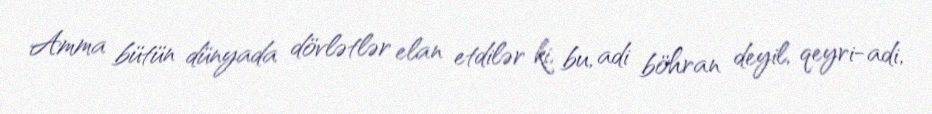
Amma bütün dünyada dövlətlər elan etdilər ki, bu, adi böhran deyil, qeyri-adi,